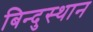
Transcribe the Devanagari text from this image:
बिन्दुस्थान